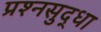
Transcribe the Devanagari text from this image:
प्रश्नसुद्धा